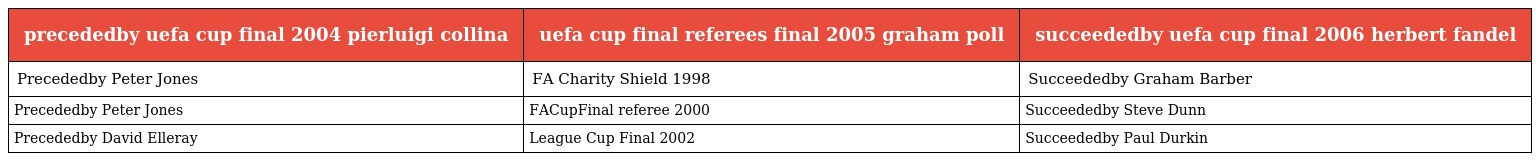
| precededby uefa cup final 2004 pierluigi collina | uefa cup final referees final 2005 graham poll | succeededby uefa cup final 2006 herbert fandel |
 | --- | --- | --- |
 | Precededby Peter Jones | FA Charity Shield 1998 | Succeededby Graham Barber |
 | Precededby Peter Jones | FACupFinal referee 2000 | Succeededby Steve Dunn |
 | Precededby David Elleray | League Cup Final 2002 | Succeededby Paul Durkin |